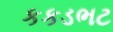
કકડભટ